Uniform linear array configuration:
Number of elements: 16
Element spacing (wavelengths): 0.25
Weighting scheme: blackman
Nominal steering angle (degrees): -45
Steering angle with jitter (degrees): -44.033
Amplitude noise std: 0.05
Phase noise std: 0.05

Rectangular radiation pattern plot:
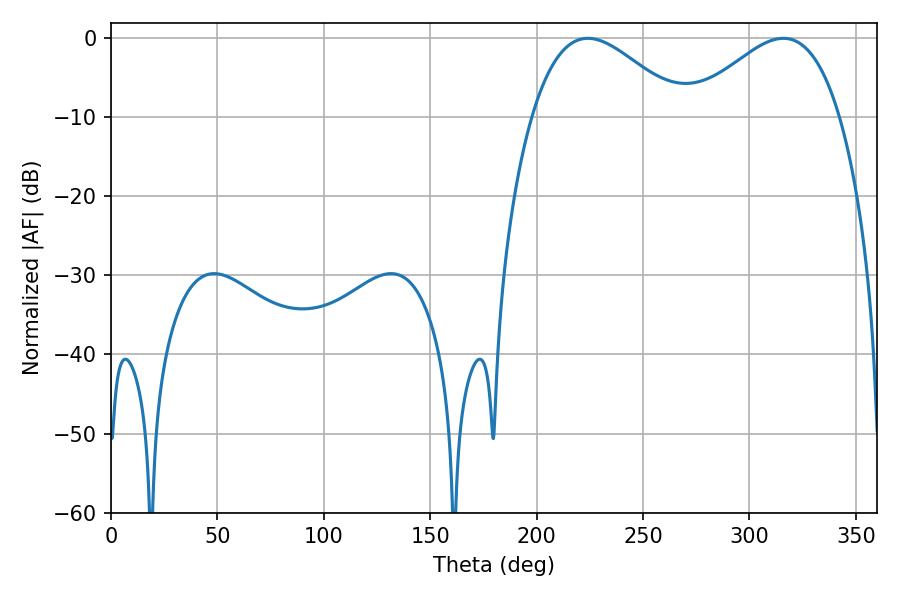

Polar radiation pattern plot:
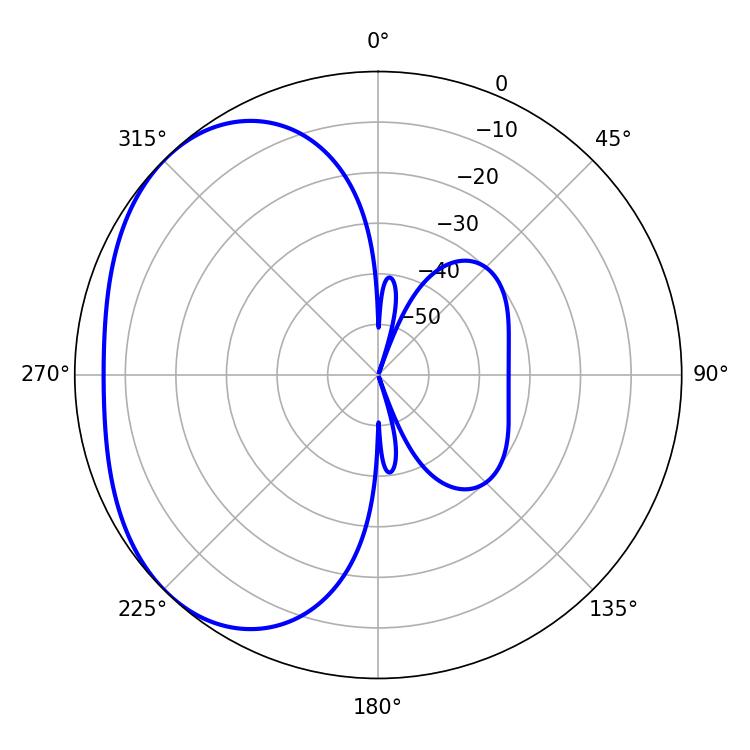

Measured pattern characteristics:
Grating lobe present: FALSE
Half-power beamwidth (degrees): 38.16
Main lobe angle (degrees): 224.1